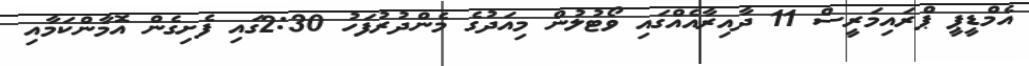
އެމްޑީޕީ ޕްރައިމަރީސް 11 ދާއިރާއެއްގައި ވޯޓުލުން މިއަދުގެ މެންދުރުފަހު 2:30ގައި ފެށިގެން އޮމާންކަމާއި